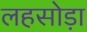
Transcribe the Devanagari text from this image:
लहसोड़ा